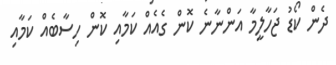
ދެން ކޯޑު ޖަހާލީމާ އަންނާނެ ކޮން ގެއެއް ކަަމާއި ކޮން ހިސާބެއް ކަމާއި